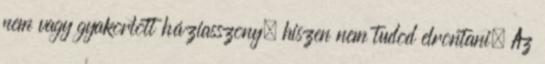
nem vagy gyakorlott háziasszony, hiszen nem tudod elrontani. Az